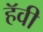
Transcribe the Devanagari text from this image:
हॅवी